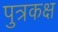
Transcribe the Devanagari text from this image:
पुत्रकक्ष